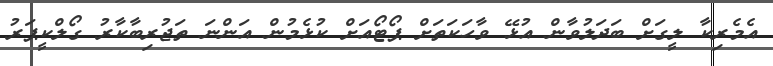
އެމެރިކާ ލީގަށް ބަދަލުވާން އުޅޭ ވާހަކަތަށް ޕޯޓޯއަށް ކުޅެމުން އަންނަ ތަޖުރިބާކާރު ގޯލްކީޕަރު